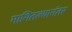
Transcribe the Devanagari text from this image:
मागितल्यानंतर